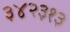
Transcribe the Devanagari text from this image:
३४२३१३